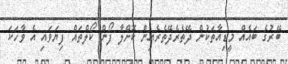
ބޭރުގެ ބައެއް މީޑިއާތަކުން ދޭތެރެދޭތެރެއިން ކޮށްލާ ފޯން ކޯލްތައް ފިޔަވައި އެ ވާހަކަ